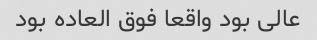
عالی بود واقعا فوق العاده بود